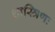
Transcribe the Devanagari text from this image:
शास्त्रिणः